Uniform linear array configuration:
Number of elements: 24
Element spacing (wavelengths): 1
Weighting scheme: exponential
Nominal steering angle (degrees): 60
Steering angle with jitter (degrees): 59.963
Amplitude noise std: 0.05
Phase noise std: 0.05

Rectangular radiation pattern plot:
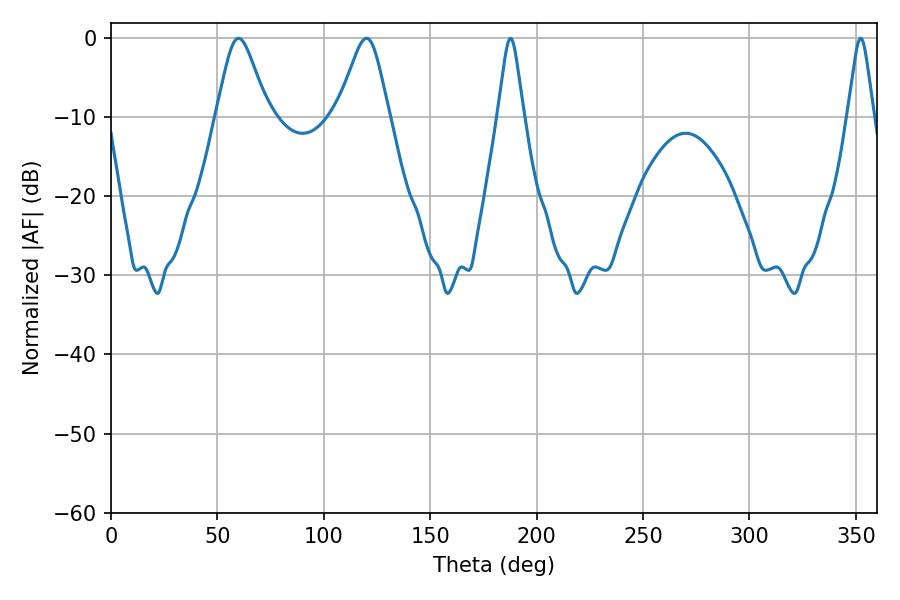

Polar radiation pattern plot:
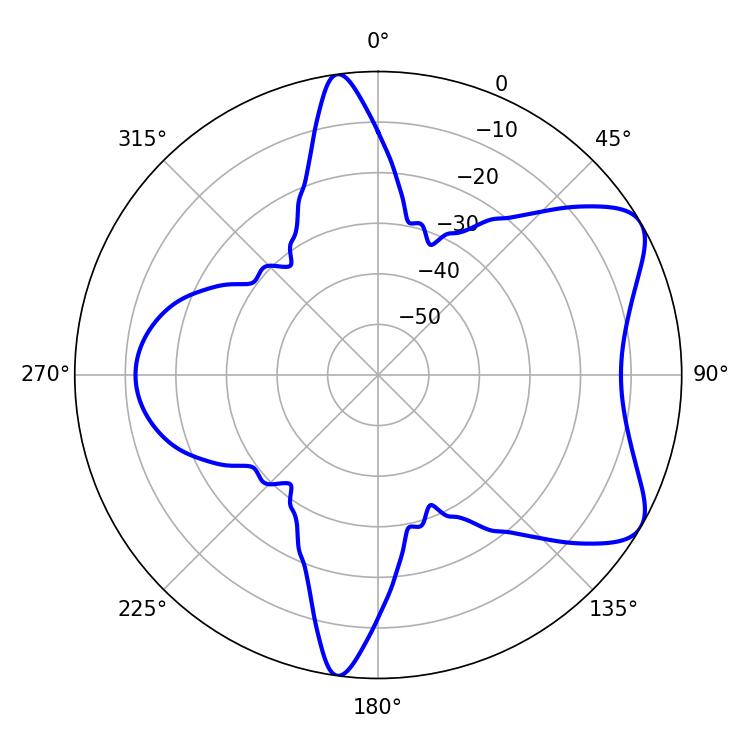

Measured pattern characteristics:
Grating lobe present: TRUE
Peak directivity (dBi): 7.061
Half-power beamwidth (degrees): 11.88
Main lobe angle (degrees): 59.94